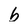
Character: b